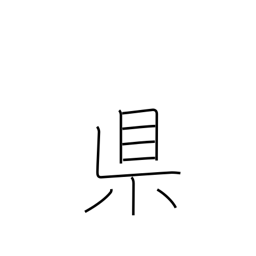
Meaning: prefecture